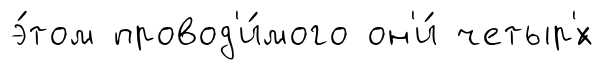
э́том провод'и́мого он'и́ четыр'́х